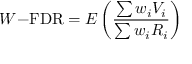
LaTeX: W { \mathrm { - F D R } } = E \left( { \frac { \sum w _ { i } V _ { i } } { \sum w _ { i } R _ { i } } } \right)